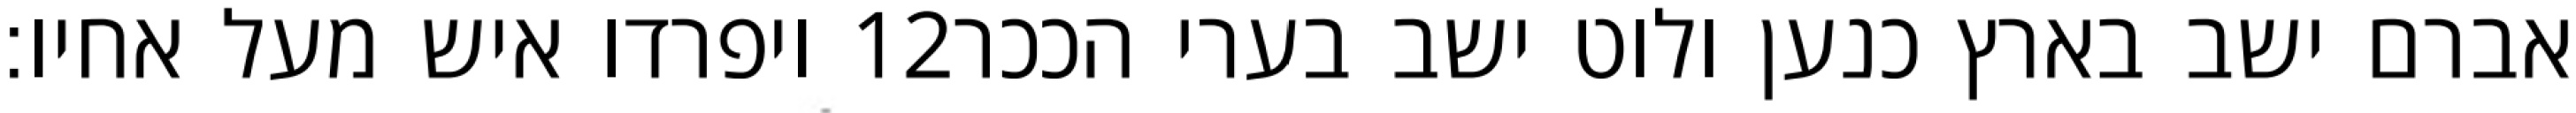
ויפרדו איש מעל אחיו׃ ‎12‏ אברם ישב בארץ כנען ולוט ישב בערי הככר